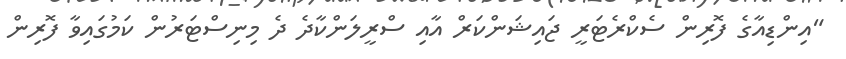
"އިންޑިއާގެ ފޮރިން ސެކްރެޓަރީ ޖައިޝަންކަރް އާއި ސްރީލަންކާދެ ދެ މިނިސްޓަރުން ކަމުގައިވާ ފޮރިން